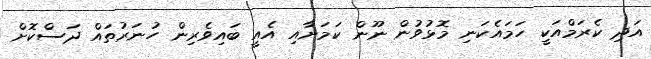
އަދި ކެރަމްއަކީ ހަމައެކަނި މޮޅުވުން ނޫން ކަމަށާއި އެއީ ބައިވެރިން ހުނަރުތައް ދަސްކޮށް